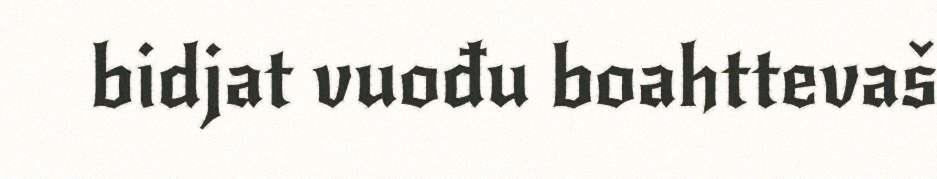
bidjat vuođu boahttevaš